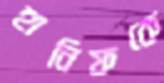
হানিফকে